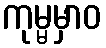
ကုမ္မမှာဝ